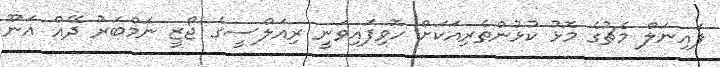
ފައިނަލް މެޗުގެ މޮޅު ކުޅުންތެރިއަކަށް ހޮވިފައިވަނީ ރިއަލްސީގެ ޖޯޒީ ނަމްބަރު ދޭއް އަނޫ